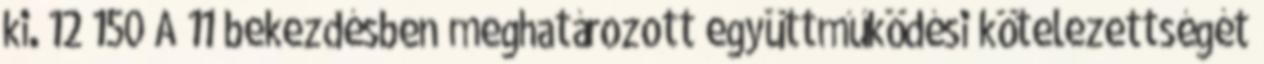
ki. 12 150 A 11 bekezdésben meghatározott együttműködési kötelezettségét